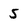
Character: 5